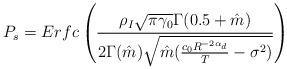
LaTeX: \begin{align*}P_s= Erfc \left(\frac{\rho_I \sqrt{\pi \gamma_0} \Gamma(0.5+\hat{m}) }{2 \Gamma(\hat{m}) \sqrt{\hat{m} (\frac{c_0 R^{-2 \alpha_d}}{T} -\sigma^2)}} \right) \end{align*}